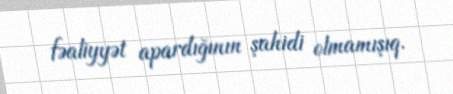
fəaliyyət apardığının şahidi olmamışıq.